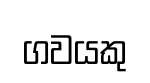
ගවයකු